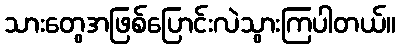
သားတွေအဖြစ်ပြောင်းလဲသွားကြပါတယ်။